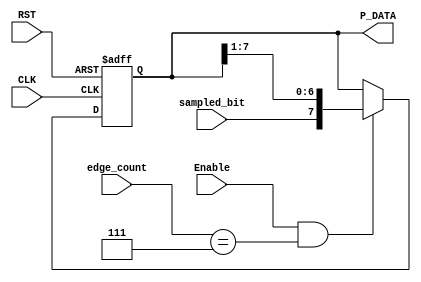

module deserializer # ( parameter DATA_WIDTH = 8 )

(
 input   wire                    CLK,
 input   wire                    RST,
 input   wire                    sampled_bit,
 input   wire                    Enable, 
 input   wire   [2:0]            edge_count, 
 output  reg    [DATA_WIDTH-1:0] P_DATA
);

              
//deserializer
always @ (posedge CLK or negedge RST)
 begin
  if(!RST)
   begin
    P_DATA <= 'b0 ;
   end
  else if(Enable && edge_count == 3'b111)
   begin
    P_DATA <= {sampled_bit,P_DATA[7:1]}	;
   end	
 end
 

endmodule